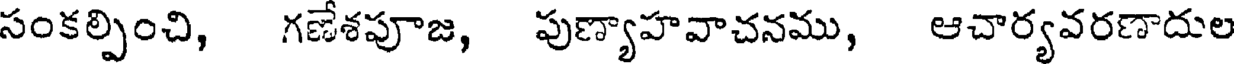
సంకల్పించి, గణేశపూజ, పుణ్యాహవాచనము, ఆచార్యవరణాదుల